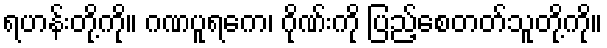
ရဟန်းတို့ကို။ ဂဏပူရကေ၊ ဂိုဏ်းကို ပြည့်စေတတ်သူတို့ကို။